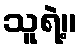
သူရဲ့။